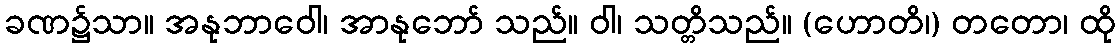
ခဏ၌သာ။ အနုဘာဝေါ၊ အာနုဘော် သည်။ ဝါ၊ သတ္တိသည်။ (ဟောတိ၊) တတော၊ ထို